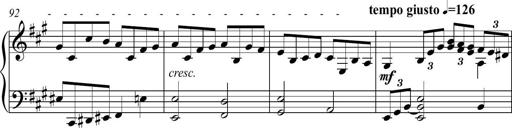
Title: Piano Sonatina in A major
Composer: Z Q Sysmoebius
Key: A major